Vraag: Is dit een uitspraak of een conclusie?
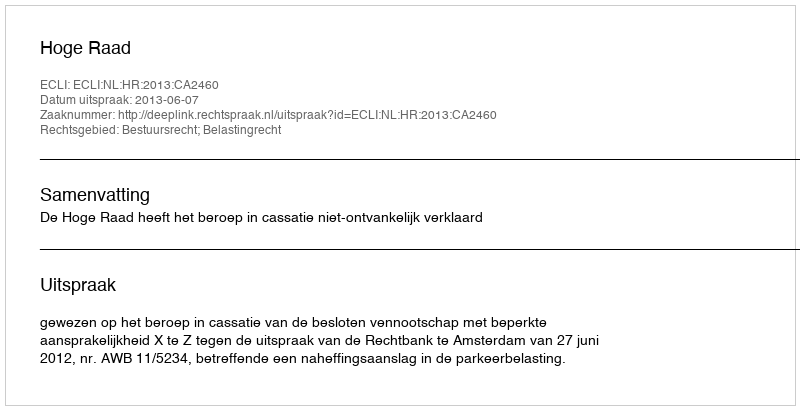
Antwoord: Uitspraak